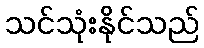
သင်သုံးနိုင်သည်